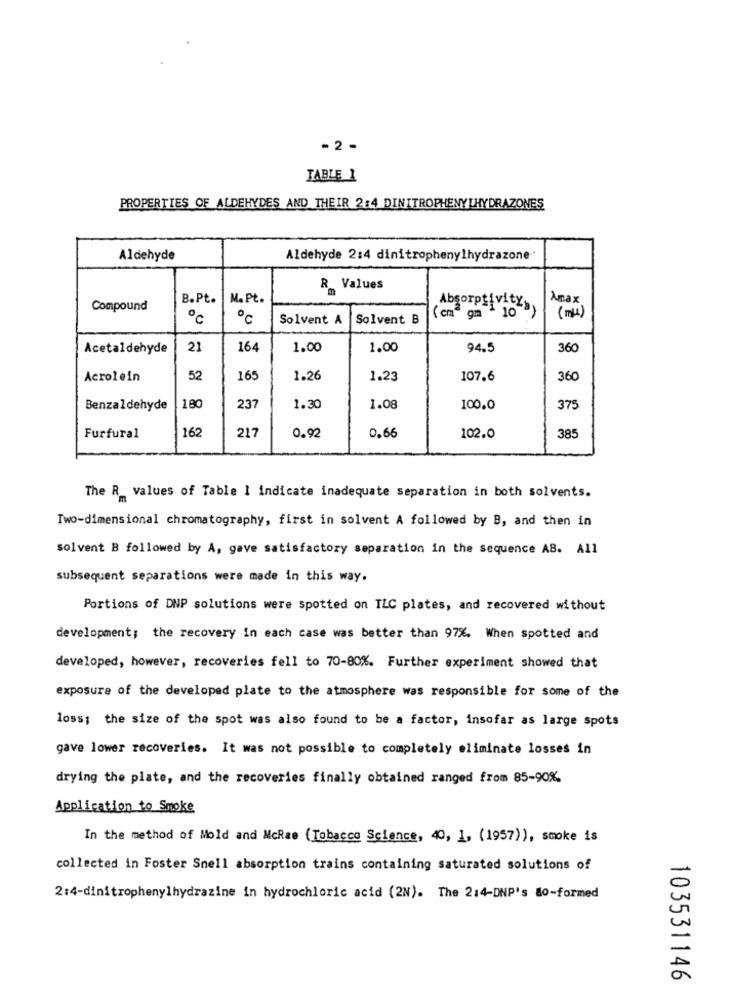
- 2 -
TABLE 1
PROPERTIES OF ALDEHYDES AND THEIR 2:4 DINITROPHENYLHYDRAZONES
Aldehyde
Aldehyde 2:4 dinitrophenylhydrazone --
R_Values
B.Pt.
M. Pt.
Amax
Compound
Absorptivity,
℃
0℃
Solvent A
Solvent B
( cm2 gm 2 10"3)
(mi)
Acetaldehyde
21
164
1.00
1.00
94.5
360
Acrolein
52
16
1.26
1.23
107.6
360
Benzaldehyde
180
23
1.30
1.08
100.0
375
162
217
0.92
Furfural
0.66
102.0
385
The R_ values of Table 1 indicate inadequate separation in both solvents.
Two-dimensional chromatography, first in solvent A followed by B, and then in
solvent B followed by A, gave satisfactory separation in the sequence AB. All
subsequent separations were made in this way.
Portions of DNP solutions were spotted on TLC plates, and recovered without
development; the recovery in each case was better than 97%. When spotted and
developed, however, recoveries fell to 70-80%. Further experiment showed that
exposure of the developed plate to the atmosphere was responsible for some of the
loss; the size of the spot was also found to be a factor, insofar as large spots
gave lower recoveries. It was not possible to completely eliminate losses in
drying the plate, and the recoveries finally obtained ranged from 85-90%
Application to Smoke
In the method of Mold and McRae (Tobacco Science, 40, 1, (1957)), smoke is
collected in Foster Snell absorption trains containing saturated solutions of
2:4-dinitrophenylhydrazine in hydrochloric acid (2N). The 2:4-DNP's 80-formed
103531146